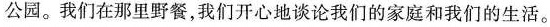
公园。我们在那里野餐,我们开心地谈论我们的家庭和我们的生活。